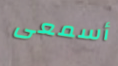
أسمعى